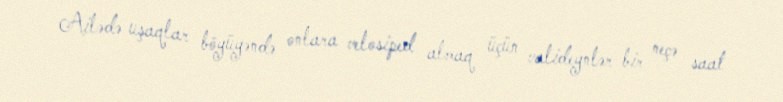
Ailədə uşaqlar böyüyəndə onlara velosiped almaq üçün valideynlər bir neçə saat